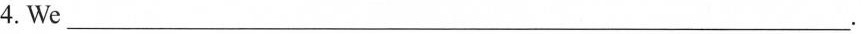
4.We___.